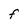
Character: F